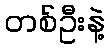
တစ်ဦးနဲ့